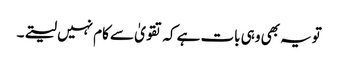
تویہ بھی وہی بات ہے کہ تقویٰ سے کام نہیں لیتے۔